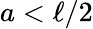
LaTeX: a<\ell/2